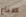
صناع